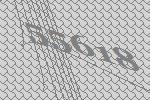
55618